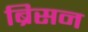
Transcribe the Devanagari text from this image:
ब्रिसन